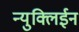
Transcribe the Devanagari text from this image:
न्युक्लिईन